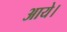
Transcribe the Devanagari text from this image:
अाये।